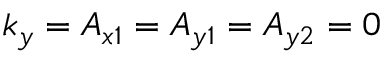
k _ { y } = A _ { x 1 } = A _ { y 1 } = A _ { y 2 } = 0